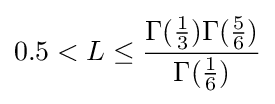
0.5<L\leq {\frac {\Gamma ({\frac {1}{3}})\Gamma ({\frac {5}{6}})}{\Gamma ({\frac {1}{6}})}}